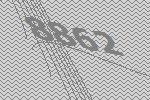
8862